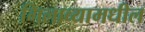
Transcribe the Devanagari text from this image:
गिलाव्यामधील